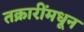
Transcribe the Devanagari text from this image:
तक्रारींमधून